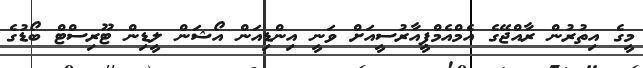
މީގެ އިތުރުން ރާއްޖޭގެ އެމްއެމްޕީއާރުސީއަށް ވަނީ އިންޑިއަން އޯޝަން ލީޑިން ޓޫރިސްޓް ބޯޑުގެ